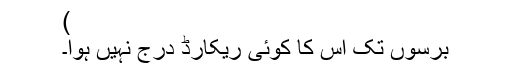
)
برسوں تک اس کا کوئی ریکارڈ درج نہیں ہوا۔